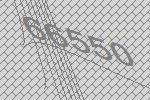
66550